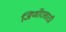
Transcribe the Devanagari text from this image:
जिर्णोरासाठी